Report of an investigation in regard to the prevalence of stegomyia and other mosquitoes in Karachi, and the measures necessary for their control
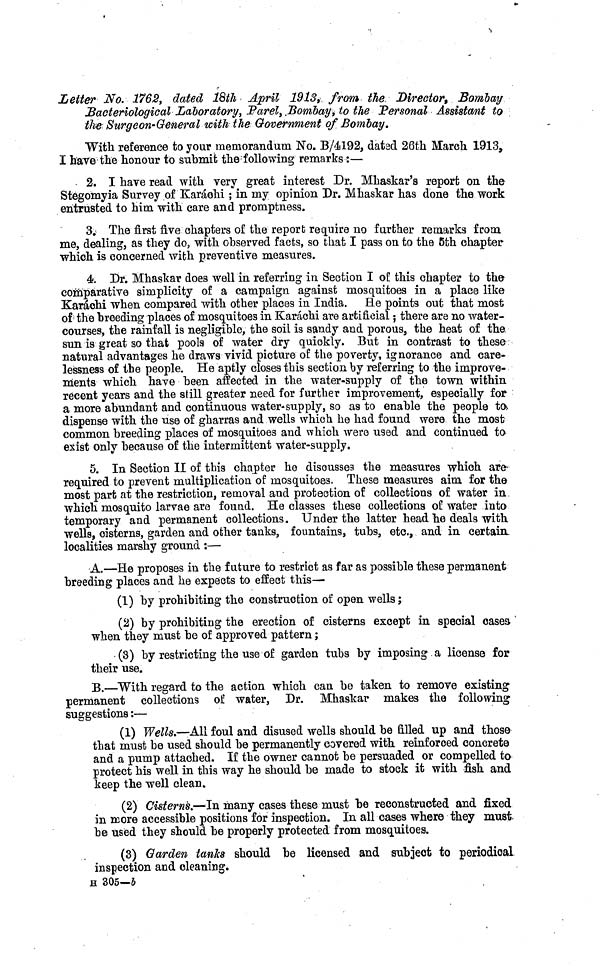
Letter No. 1762, dated 18th April 1913, from the Director, Bombay
Bacteriological Laboratory, Parel, Bombay, to the Personal Assistant to
the, Surgeon-General with the Government of. Bombay.
With reference to your memorandum No. B/4192, dat3d 26th March 1913,
I have the honour to submit the following remarks:—
2. I have read with very great interest Dr. Mhaskar's report on the
Stegomyia Survey of Karachi; in my opinion Dr. Mhaskar has done the work
entrusted to him with care and promptness.
3. The first five chapters of the report require no farther remarks from
me, dealing, as they do, with observed facts, so that I pass on to the 5th chapter
which is concerned with preventive measures.
4. Dr. Mhaskar does well in referring in Section I of this chapter to the
comparative simplicity of a campaign against mosquitoes in a place like
Karachi when compared with other places in India, He points out that most
of the breeding places of mosquitoes in Karachi are artificial; there are no water-
courses, the rainfall is negligible, the soil is sandy and porous, the heat of the.
sun is great so that pools of water dry quickly. But in contrast to these
natural advantages he draws vivid picture of the poverty, ignorance and care-
lessness of the people. He aptly closes this section by referring to the improve-
ments which have been affected in the water-supply of the town within
recent years and the still greater need for further improvement, especially for
a more abundant and continuous water-supply, so as to enable the people to
dispense with the use of gharras and wells which he had found were the most
common breeding places of mosquitoes and which were used and continued to
exist only because of the intermittent water-supply.
5. In Section II of this chapter he discusses the measures which are-
required to prevent multiplication of mosquitoe3. These measures aim for the
most part at the restriction, removal and protection of collections of water in
which mosquito larvae are found. He classes these collections of water into
temporary and permanent collections. Under the latter head he deals with
wells, cisterns, garden and other tanks, fountains, tubs, etc., and in certain
localities marshy ground :—
A.—He proposes in the future to restrict as far as possible these permanent
breeding places and he expects to effect this—
(1) by prohibiting the construction of open wells;
(2) by prohibiting the erection of cisterns except in special cases-
when they must be of approved pattern;
(3) by restricting the use of garden tubs by imposing a license for
their use.
B.—"With regard to the action which can be taken to remove existing
permanent collections of water, Dr. Mhaskar makes the following
suggestions:—
(1) Wells.—All foul and disused wells should be filled up and those
that must be used should be permanently covered with reinforced concrete
and a pump attached. If the owner cannot be persuaded or compelled to
protect his well in this way he should be made to stock it with fish and
keep the well clean.
(2) Cisterns.—In many cases these must be reconstructed and fixed
in more accessible positions for inspection. In all cases where they must
be used they should be properly protected from mosquitoes.
(3) Garden tanks should be licensed and subject to periodical
inspection and cleaning.
H 305—6